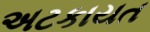
અટકાયત